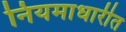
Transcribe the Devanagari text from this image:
नियमाधारीत